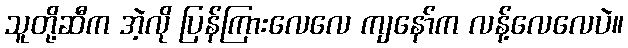
သူတို့ဆီက အဲ့လို ပြန်ကြားလေလေ ကျနော်က လန့်လေလေပဲ။